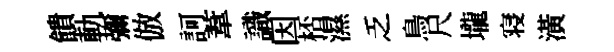
饋軌彌倣訶葦識因桮濕乏鳥尺壠寝潢